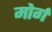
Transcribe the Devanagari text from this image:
मोर्ग